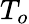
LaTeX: T_{o}